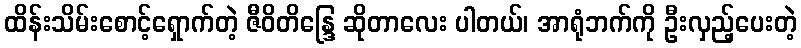
ထိန်းသိမ်းစောင့်ရှောက်တဲ့ ဇီဝိတိန္ဒြေ ဆိုတာလေး ပါတယ်၊ အာရုံဘက်ကို ဦးလှည့်ပေးတဲ့